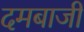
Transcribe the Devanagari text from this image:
दमबाजी